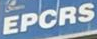
EPCRS